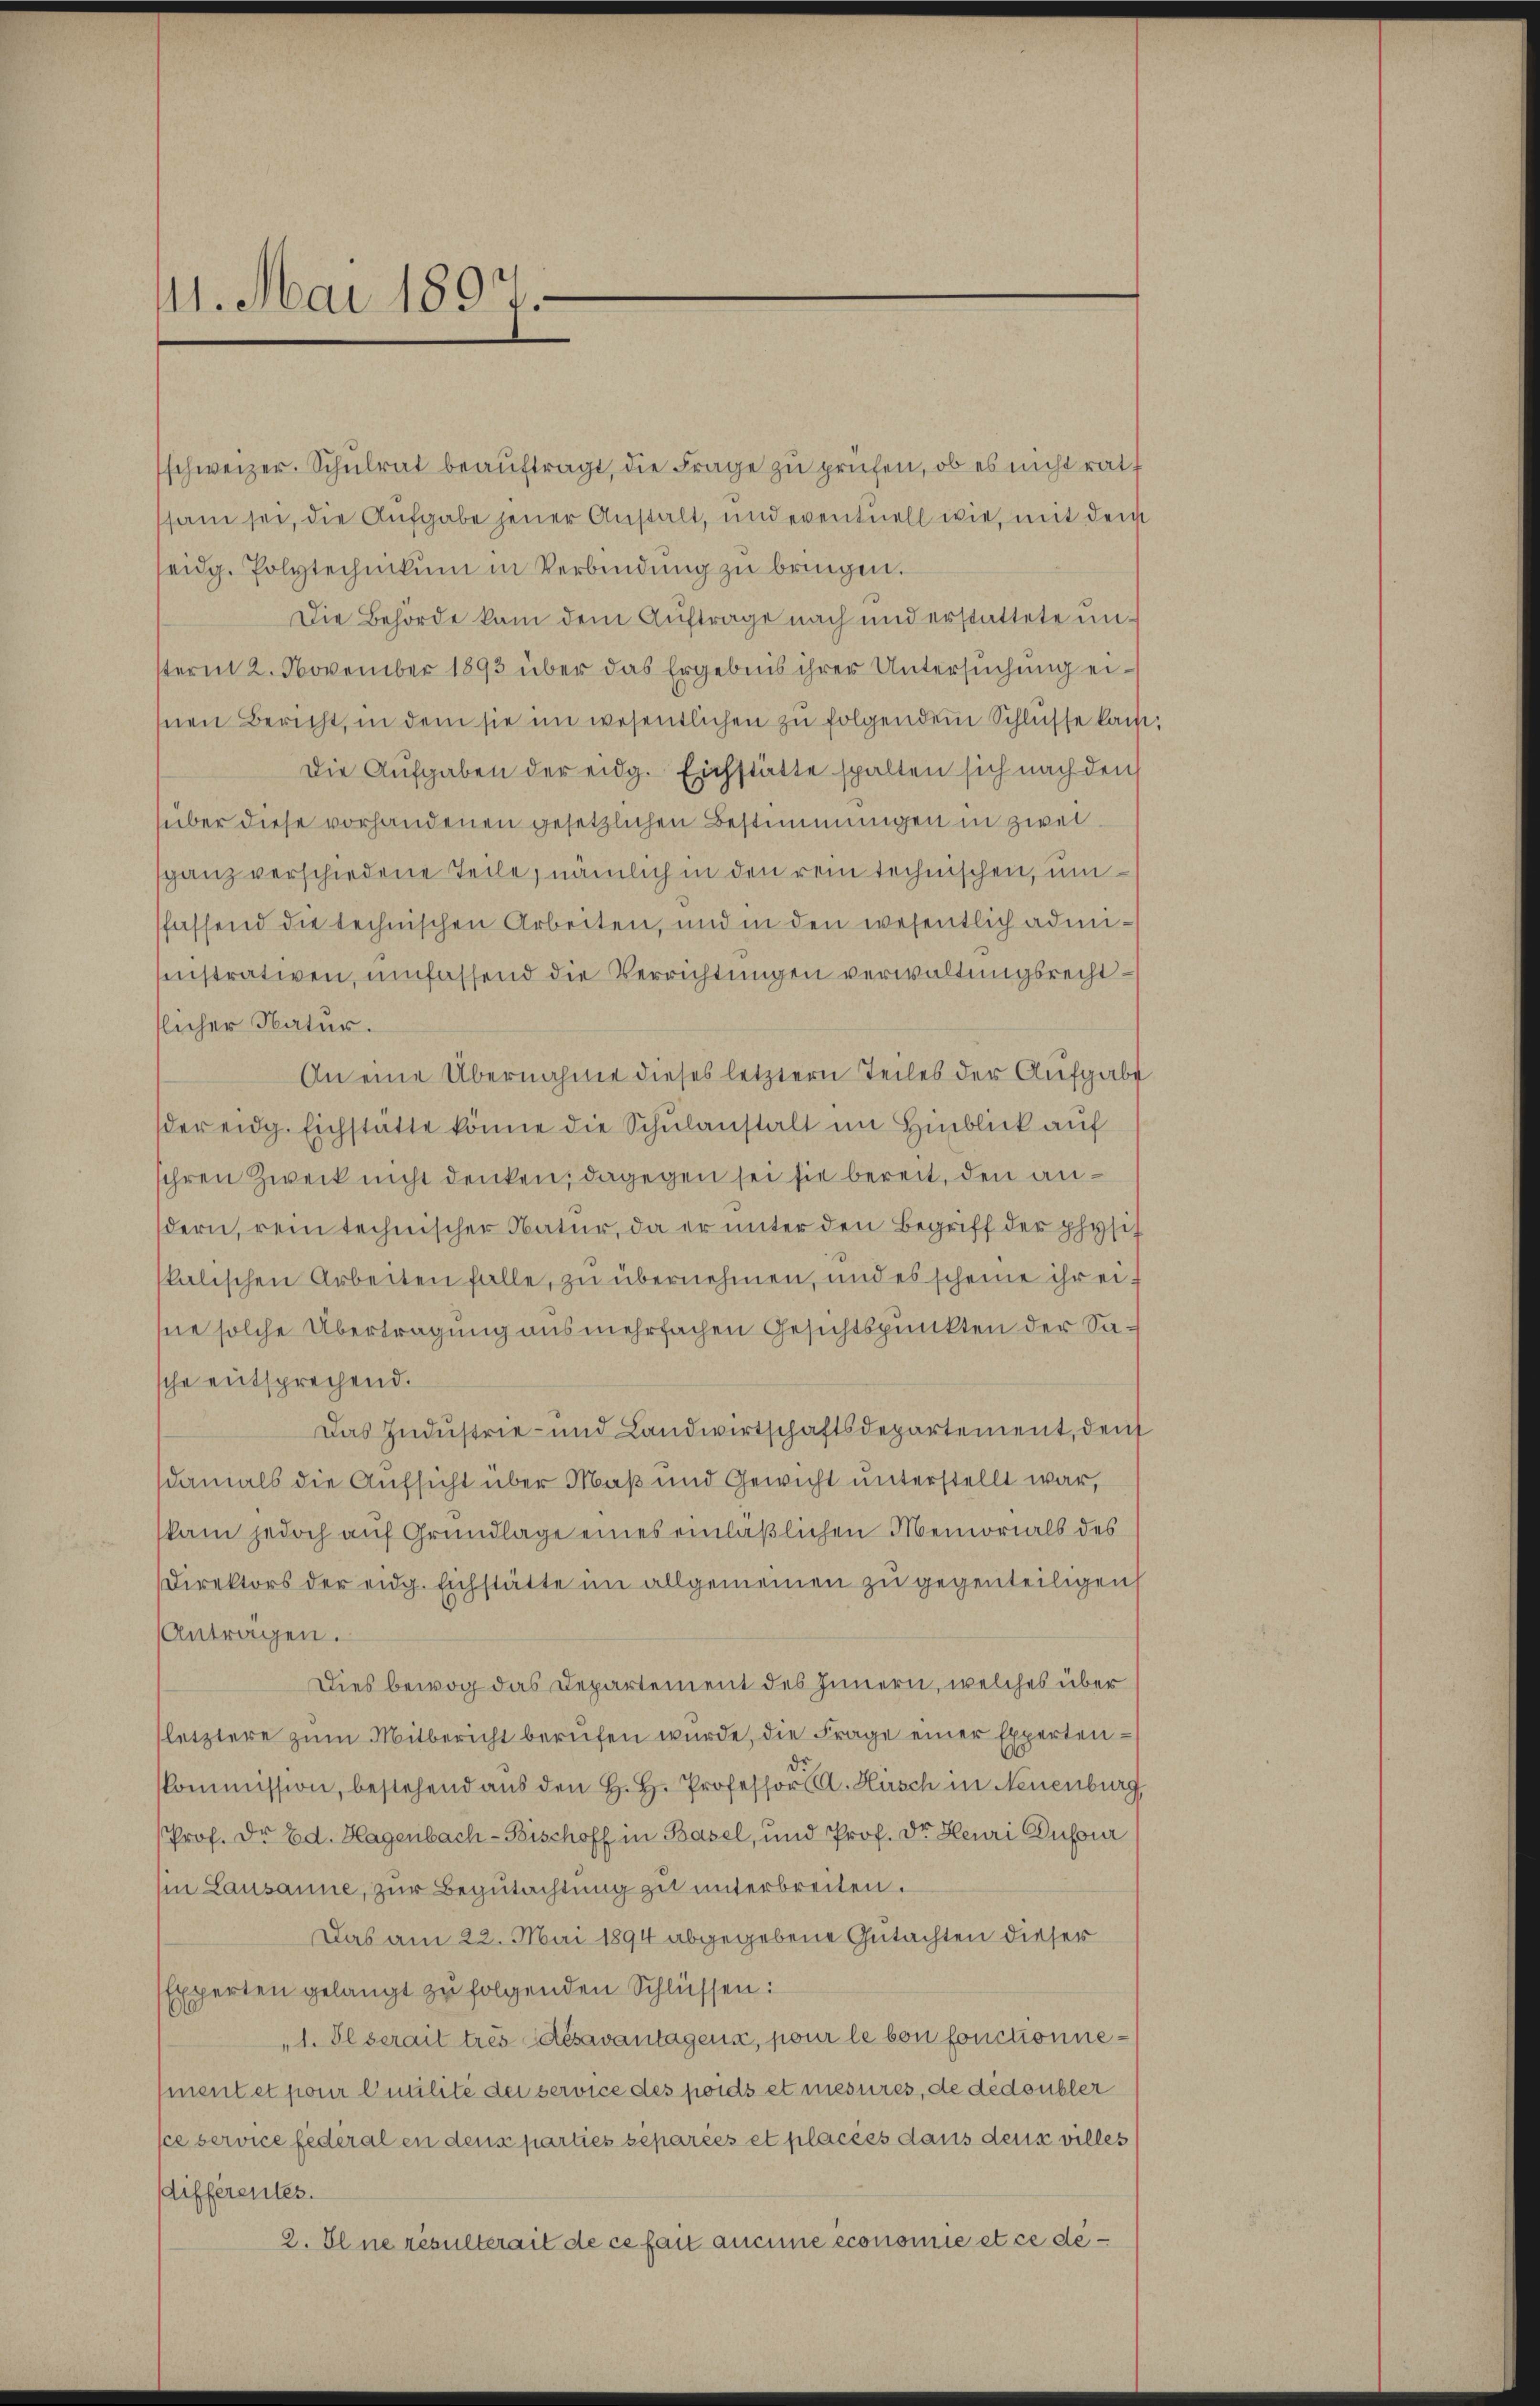
11. Mai 1897.

schweizer. Schulrat beauftragt, die Frage zu prüfen, ob es nicht rat
sam sei, die Aufgabe jener Anstalt, und eventuell wie, mit dem
seidg. Polytechnikum in Verbindŭng zu bringen.
Die Behörde kam dem Auftrage nach und erstattete unsterm 2. November 1893 über das Ergebnis ihrer Untersuchung eisnen Bericht, in dem sie im wesentlichen zu folgenden Schlüsse kai¬
Die Aufgaben der eidg. Eichstätte spalten sich nach den
süber diese vorhandenen gesetzlichen Bestimmungen in zweiganz verschiedene Teile, nämlich in den rein technischen, um
sfassend die technischen Arbeiten, und in den wesentlich admiinistrativen, umfassend die Verrichtungen verwaltungsrecht
tlicher Natur.
An eine Übernahme dieses letztern Teiles der Aufgabe
der eidg. Eichstätte könne die Schŭlanstalt im Hinblick auf
ihren Zweck nicht denken; dagegen sei sie bereit, den andern, rein technischer Natur, da er unter den Begriff der physis
skalischen Arbeiten falle, zu übernehmen, und es scheine ihr eisne solche Übertragung aus mehrfachen Gesichtspunkten der Sasche entsprechend.
Das Industrie- und Landwirtschaftsdepartement, den
damals die Aufsicht über Maß und Gewicht unterstellt war,
kam jedoch auf Grundlage eines einläßlichen Memorials des
Direktors der eidg. Eichstätte im allgemeinen zu gegenteiligen
Antragen.
Dies bewog das Departement des Innern, welches über
letztere zum Mitbericht berufen wurde, die Frage einer Expertenkommission, bestehend aus den H. H. Professor. Hirsch in Neuenburg
Prof. Dr Ed. Hagenbach- Bischoff in Basel, und Prof. Dr. Heuri Dufour
(in Lausanne, zur Begutachtung zu unterbreiten.
Das am 22. Mai 1894 abgegebene Gutachten dieser
Experten gelangt zu folgenden Schlüssen:
"1. Il serait très désavantagens, pour le von fonctionnement et pour Emilite der service des poids et mesures, de dédoubler
sce service fédéral en dens parties separées et placées dans deus villes
differentes.
2. Eine résulterait de ce fait aucune economie et ce de¬